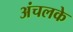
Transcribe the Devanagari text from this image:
अंचलके